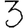
Digit: 3